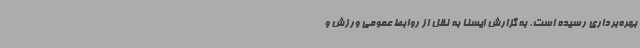
بهره‌برداری رسیده است. به گزارش ایسنا به نقل از روابط عمومی ورزش و